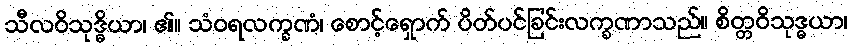
သီလဝိသုဒ္ဓိယာ၊ ၏။ သံဝရလက္ခဏံ၊ စောင့်ရှောက် ပိတ်ပင်ခြင်းလက္ခဏာသည်။ စိတ္တဝိသုဒ္ဓယာ၊